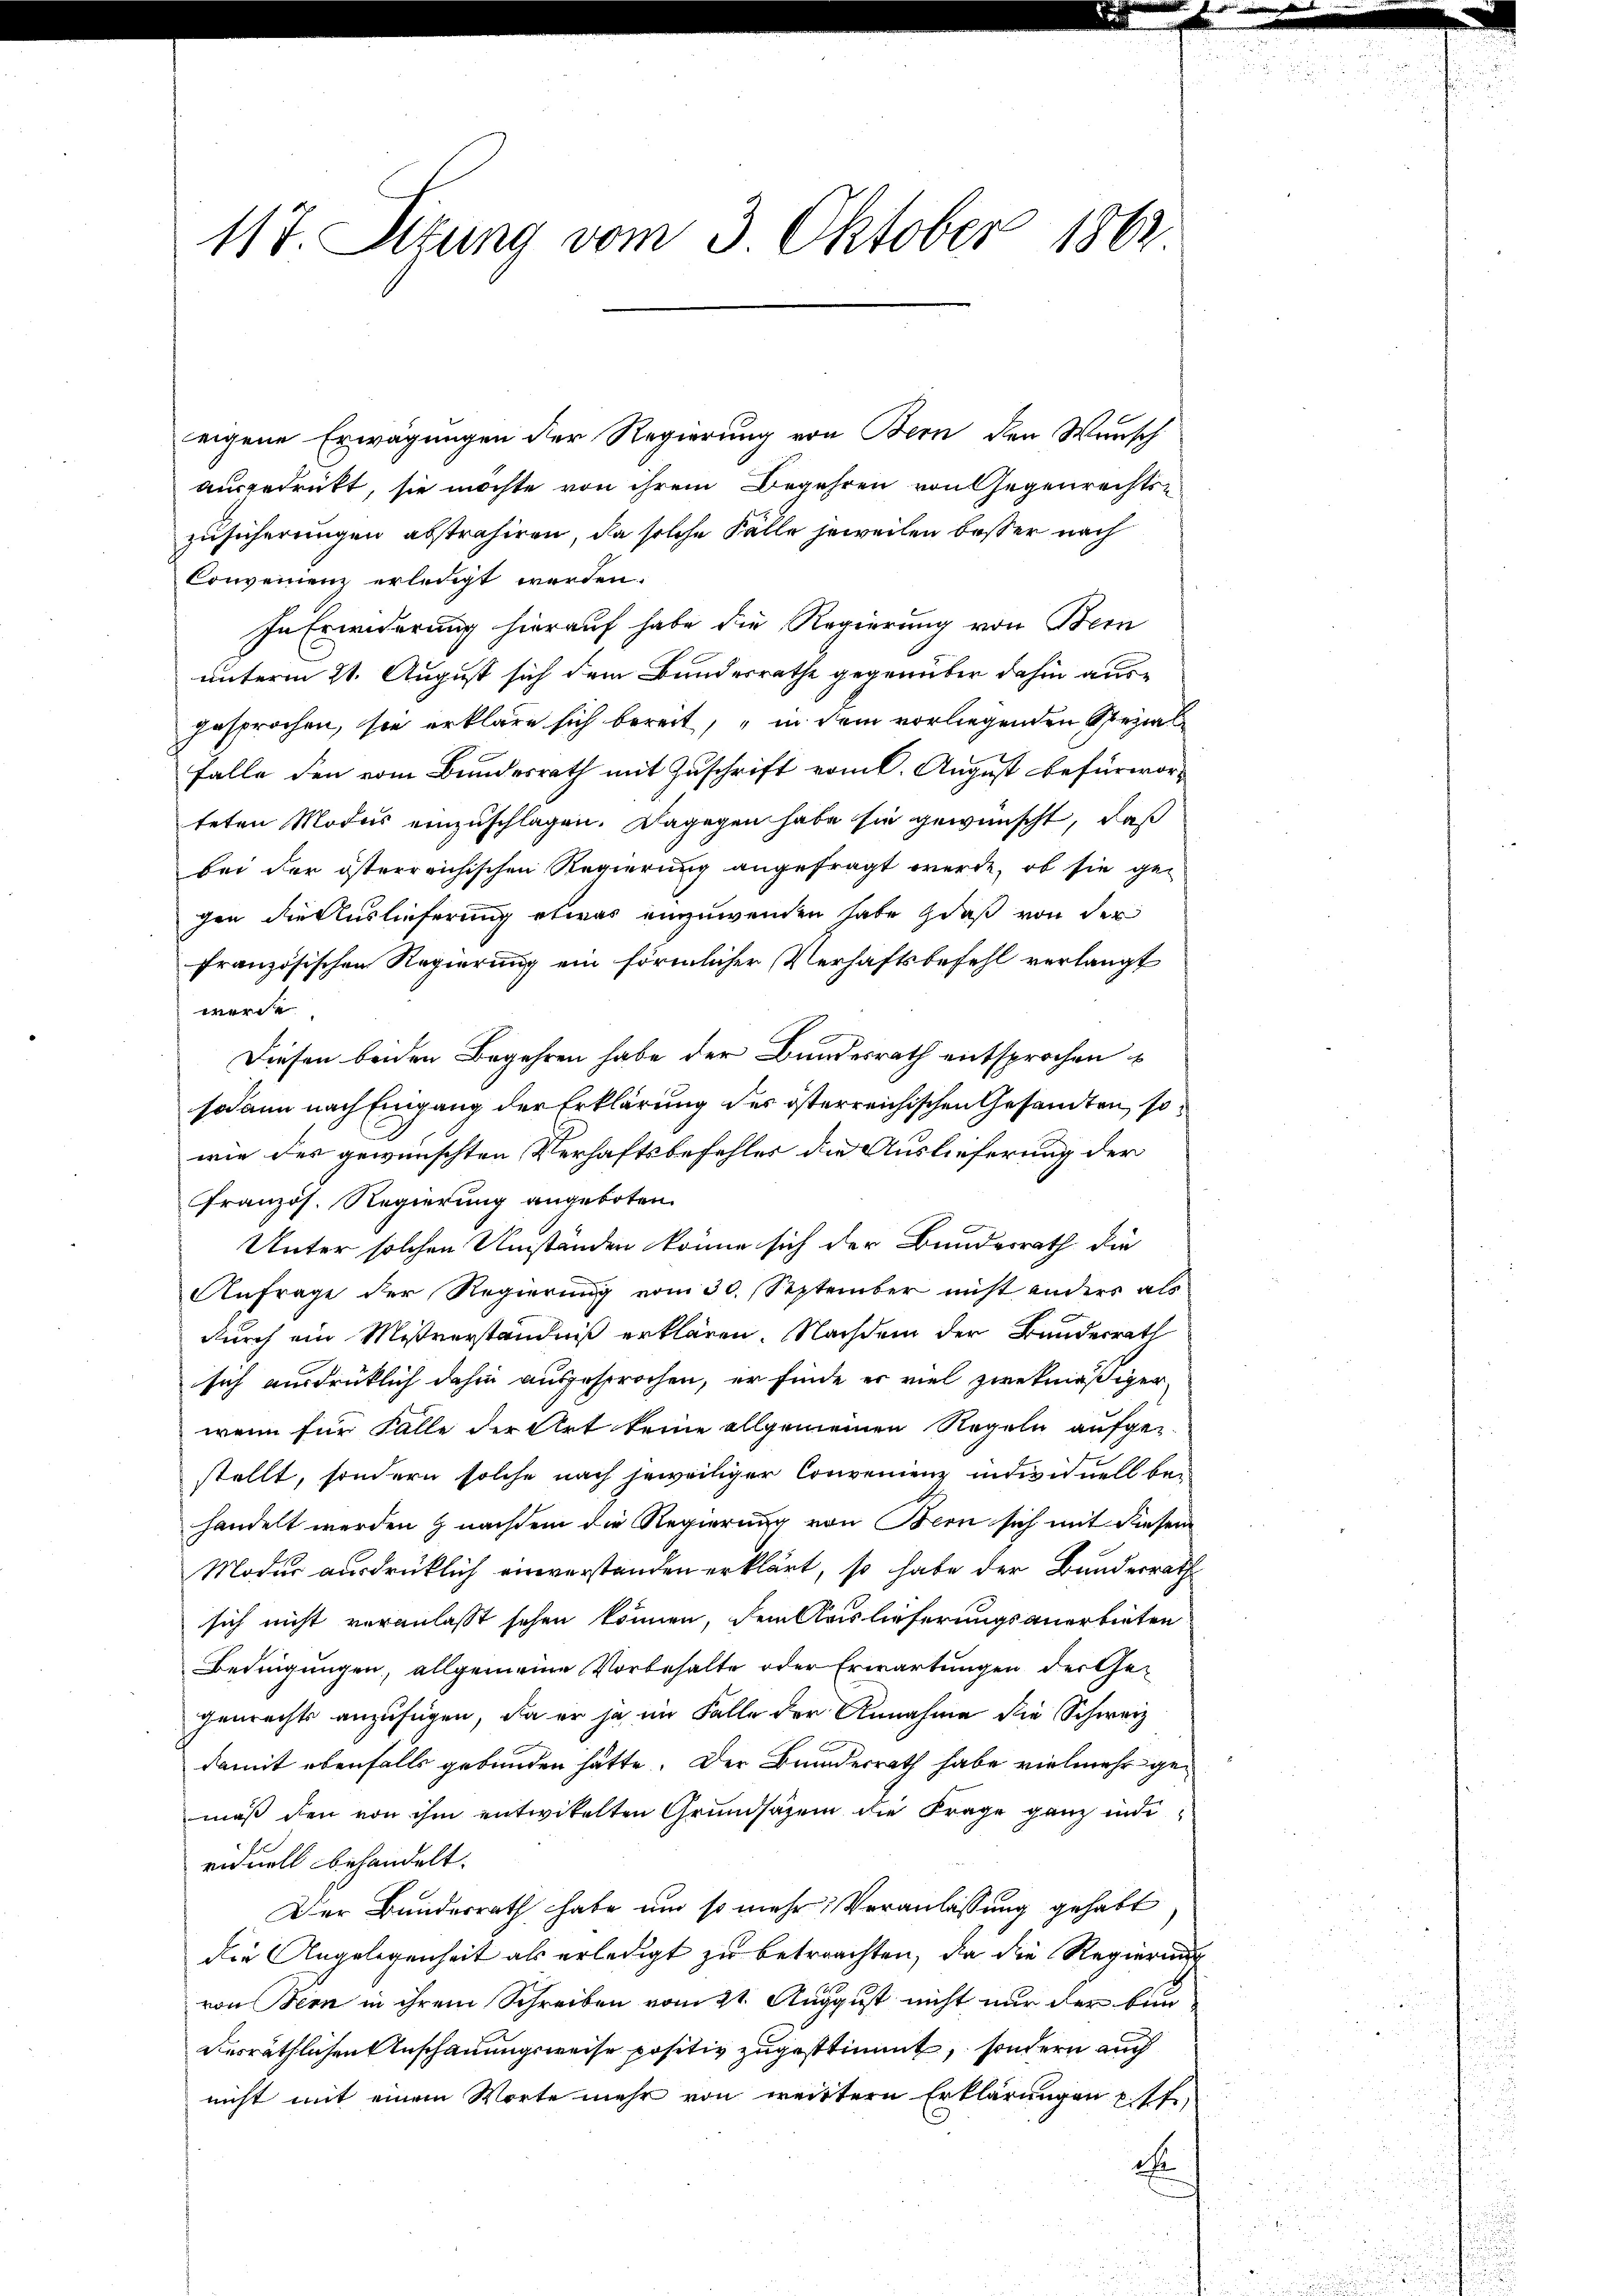
117. Sitzung vom 3 Oktober 1862

eigene Erwägungen der Regierung von Bern den Wunsch
ausgedrükt, sie möchte von ihrem Begehren von Gegenrechtszusicherungen abstrahiren, da solche Fälle jeweilen besser nach
Convenienz erledigt werden.
In Erwiderung hierauf habe die Regierung von Bern
unterm 21. August sich dem Bundesrathe gegenüber dahin ausgesprochen, sie erkläre sich bereit, in dem vorliegenden Spezial
Falle den vom Bundesrath mit Zuschrift vom l. August befürwor-
teten Modus einzuschlagen. Dagegen habe sie gewünscht, daß
bei der österreichischen Regierung angefragt werde, ob sie ge-
gen die Auslieferung etwas einzuwenden habe daß von der
französischen Regierung ein förmlicher Verhaftsbefehl verlangt
werde
Diesen beiden Begehren habe der Bundesrath entsprochen
sodann nach Eingang der Erklärung der österreichischen Gesandten, sowie des gewünschten Verhaftsbefehles die Auslieferung der
Pranzös. Regierung angeboten.
Unter solchen Umständen könne sich der Bundesrath die
Anfrage der Regierung vom 30. September nicht anders als
durch ein Mißverständniß erklären. Nachdem der Bundesrath
sich ausdrücklich dahin ausgesprochen, er finde er viel zwekmäßiger
wenn für Falle der Art keine allgemeinen Regeln aufge-
stellt, sondern solche nach jeweiliger Convenienz individuell be-
handelt werden nachdem die Regierung von Bern sich mit diesem
Modus ausdrücklich einverstanden erklärt, so habe der Bunderrath
sich nicht veranlasst sehen können, dem Auslieferungsanerbieten
Bedingungen, allgemeine Vorbehalte oder Erwartungen der Gegenrechts anzufügen, da er ja im Falle der Annahme die Schweiz
damit ebenfalls gebunden hätte. Der Bunderrath habe vielmehr gemäß den von ihm entwickelten Grundsäzen die Frage ganz individuell behandelt.
Der Bundesrath habe um so mehr Veranlassung gehabt
die Angelegenheit als erledigt zu betrachten, da die Regierung
von Bern in ihrem Schreiben vom 21. August nicht nur der ban
verräthlichen Anschauungsweise positiv zugestimmt, sondern auch
nicht mit einem Worte mehr von weittern Erklärungen pf
E